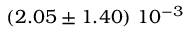
\left( 2 . 0 5 \pm 1 . 4 0 \right) \, 1 0 ^ { - 3 }